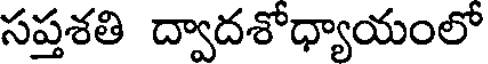
సప్తశతి ద్వాదశోధ్యాయంలో